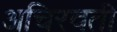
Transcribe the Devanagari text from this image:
अचिरवती